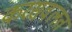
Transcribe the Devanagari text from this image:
करसवलत